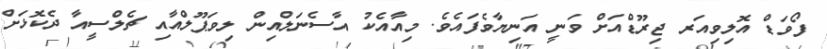
ފޯވަޑް އޮލިވިއަރ ޖިރޫޑްއަށް ވަނީ އަނިޔާވެފައެވެ. މިއާއެކު އާސެނަލްއިން ލިވަޕޫލްއާއި ޗެލްސީއާ ދެކޮޅަށް